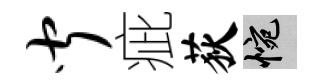
闻疵荻惋